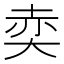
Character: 𡘥